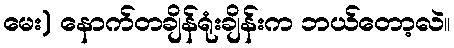
မေး) နောက်တချိန်ရုံးချိန်းက ဘယ်တော့လဲ။